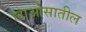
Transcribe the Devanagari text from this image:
लाओसातील